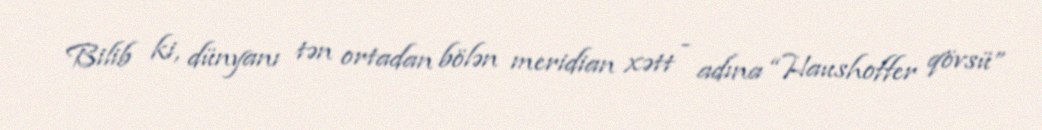
Bilib ki, dünyanı tən ortadan bölən meridian xətt - adına “Haushoffer qövsü”